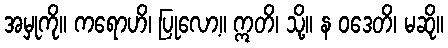
အမှုကို။ ကရောဟိ၊ ပြုလော့။ ဣတိ၊ သို့။ န ဝဒေတိ၊ မဆို။